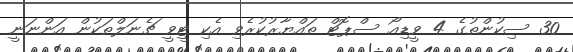
30 ސިކުންތުގެ 4 ވީޑިއޯ ސްޕޮޓް ތައްޔާރުކުރެވި އެކި ޓީވީ ޗެނަލްތަކުން އަންނަނީ